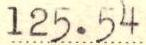
125.54